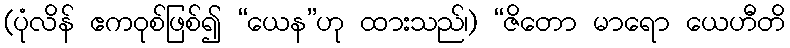
(ပုံလိန် ဧကဝုစ်ဖြစ်၍ “ယေန”ဟု ထားသည်၊) “ဇိတော မာရော ယေဟီတိ